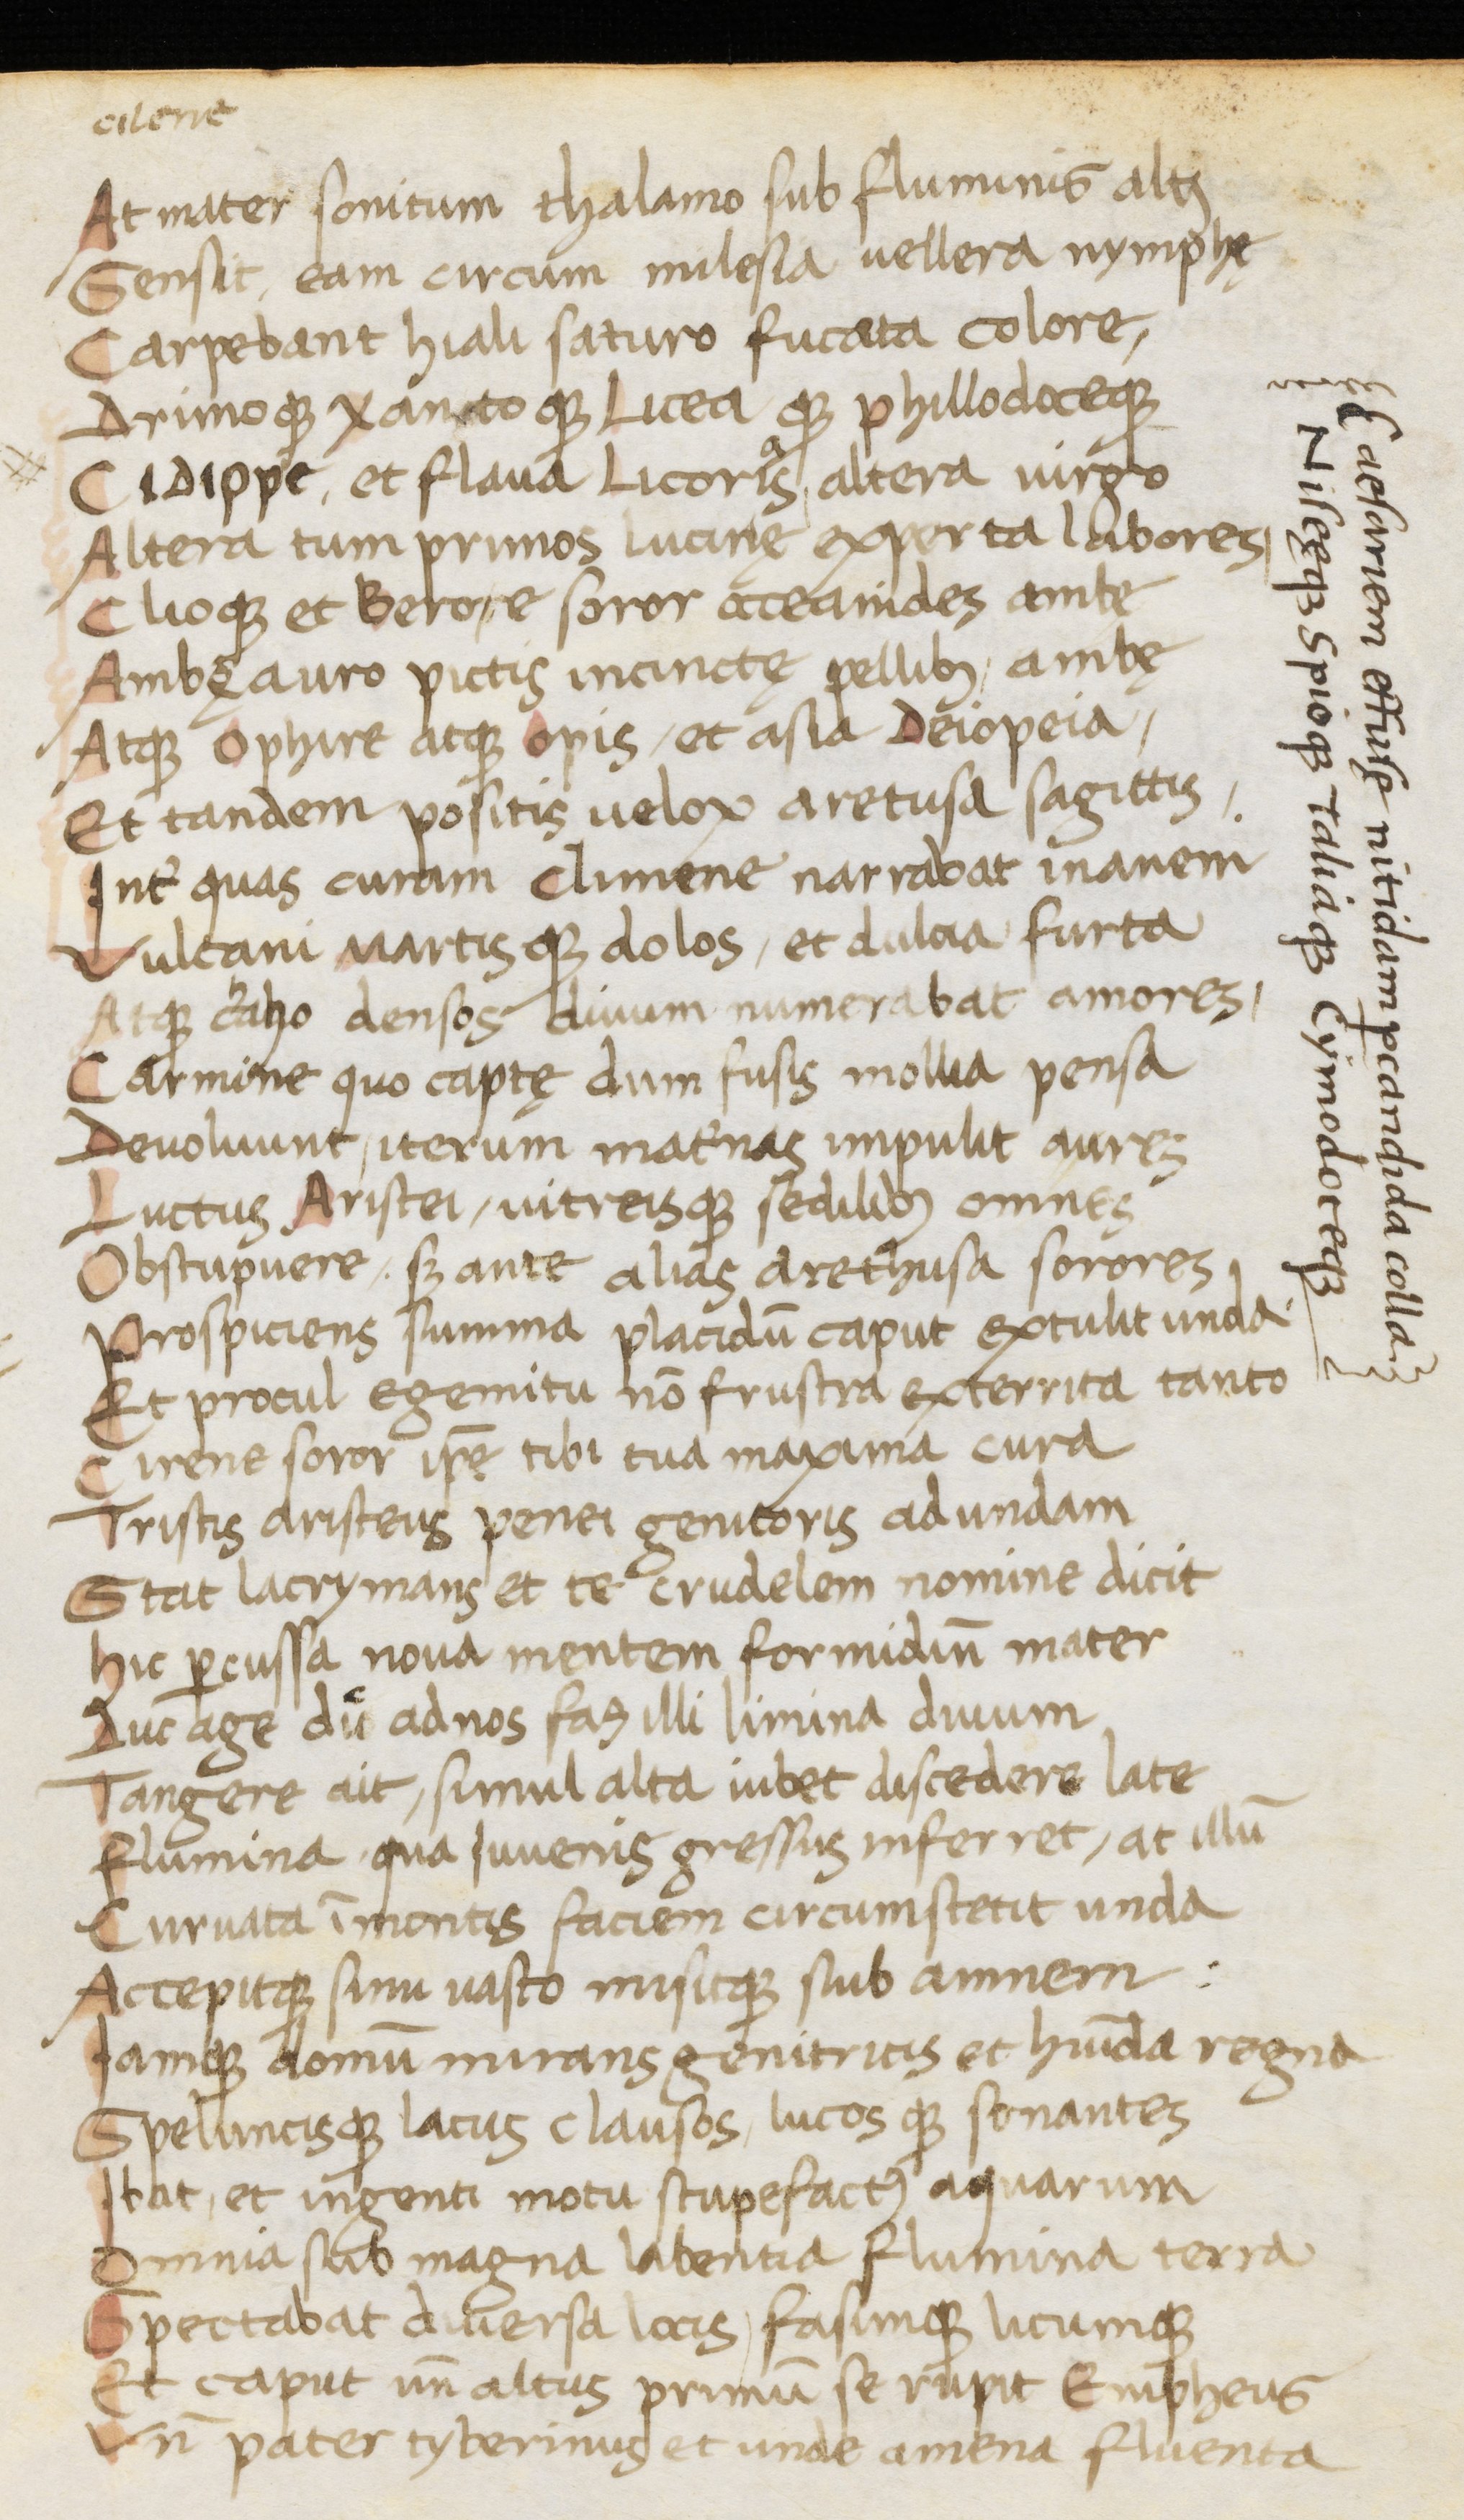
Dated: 1400–1499